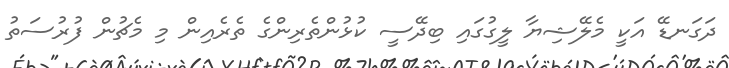
ދަގަނޑޭ އަކީ މެލޭޝިޔާ ލީގުގައި ބިދޭސީ ކުޅުންތެރިންގެ ތެރެއިން މި މެޗުން ފުރުސަތު